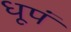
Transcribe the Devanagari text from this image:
धूपं